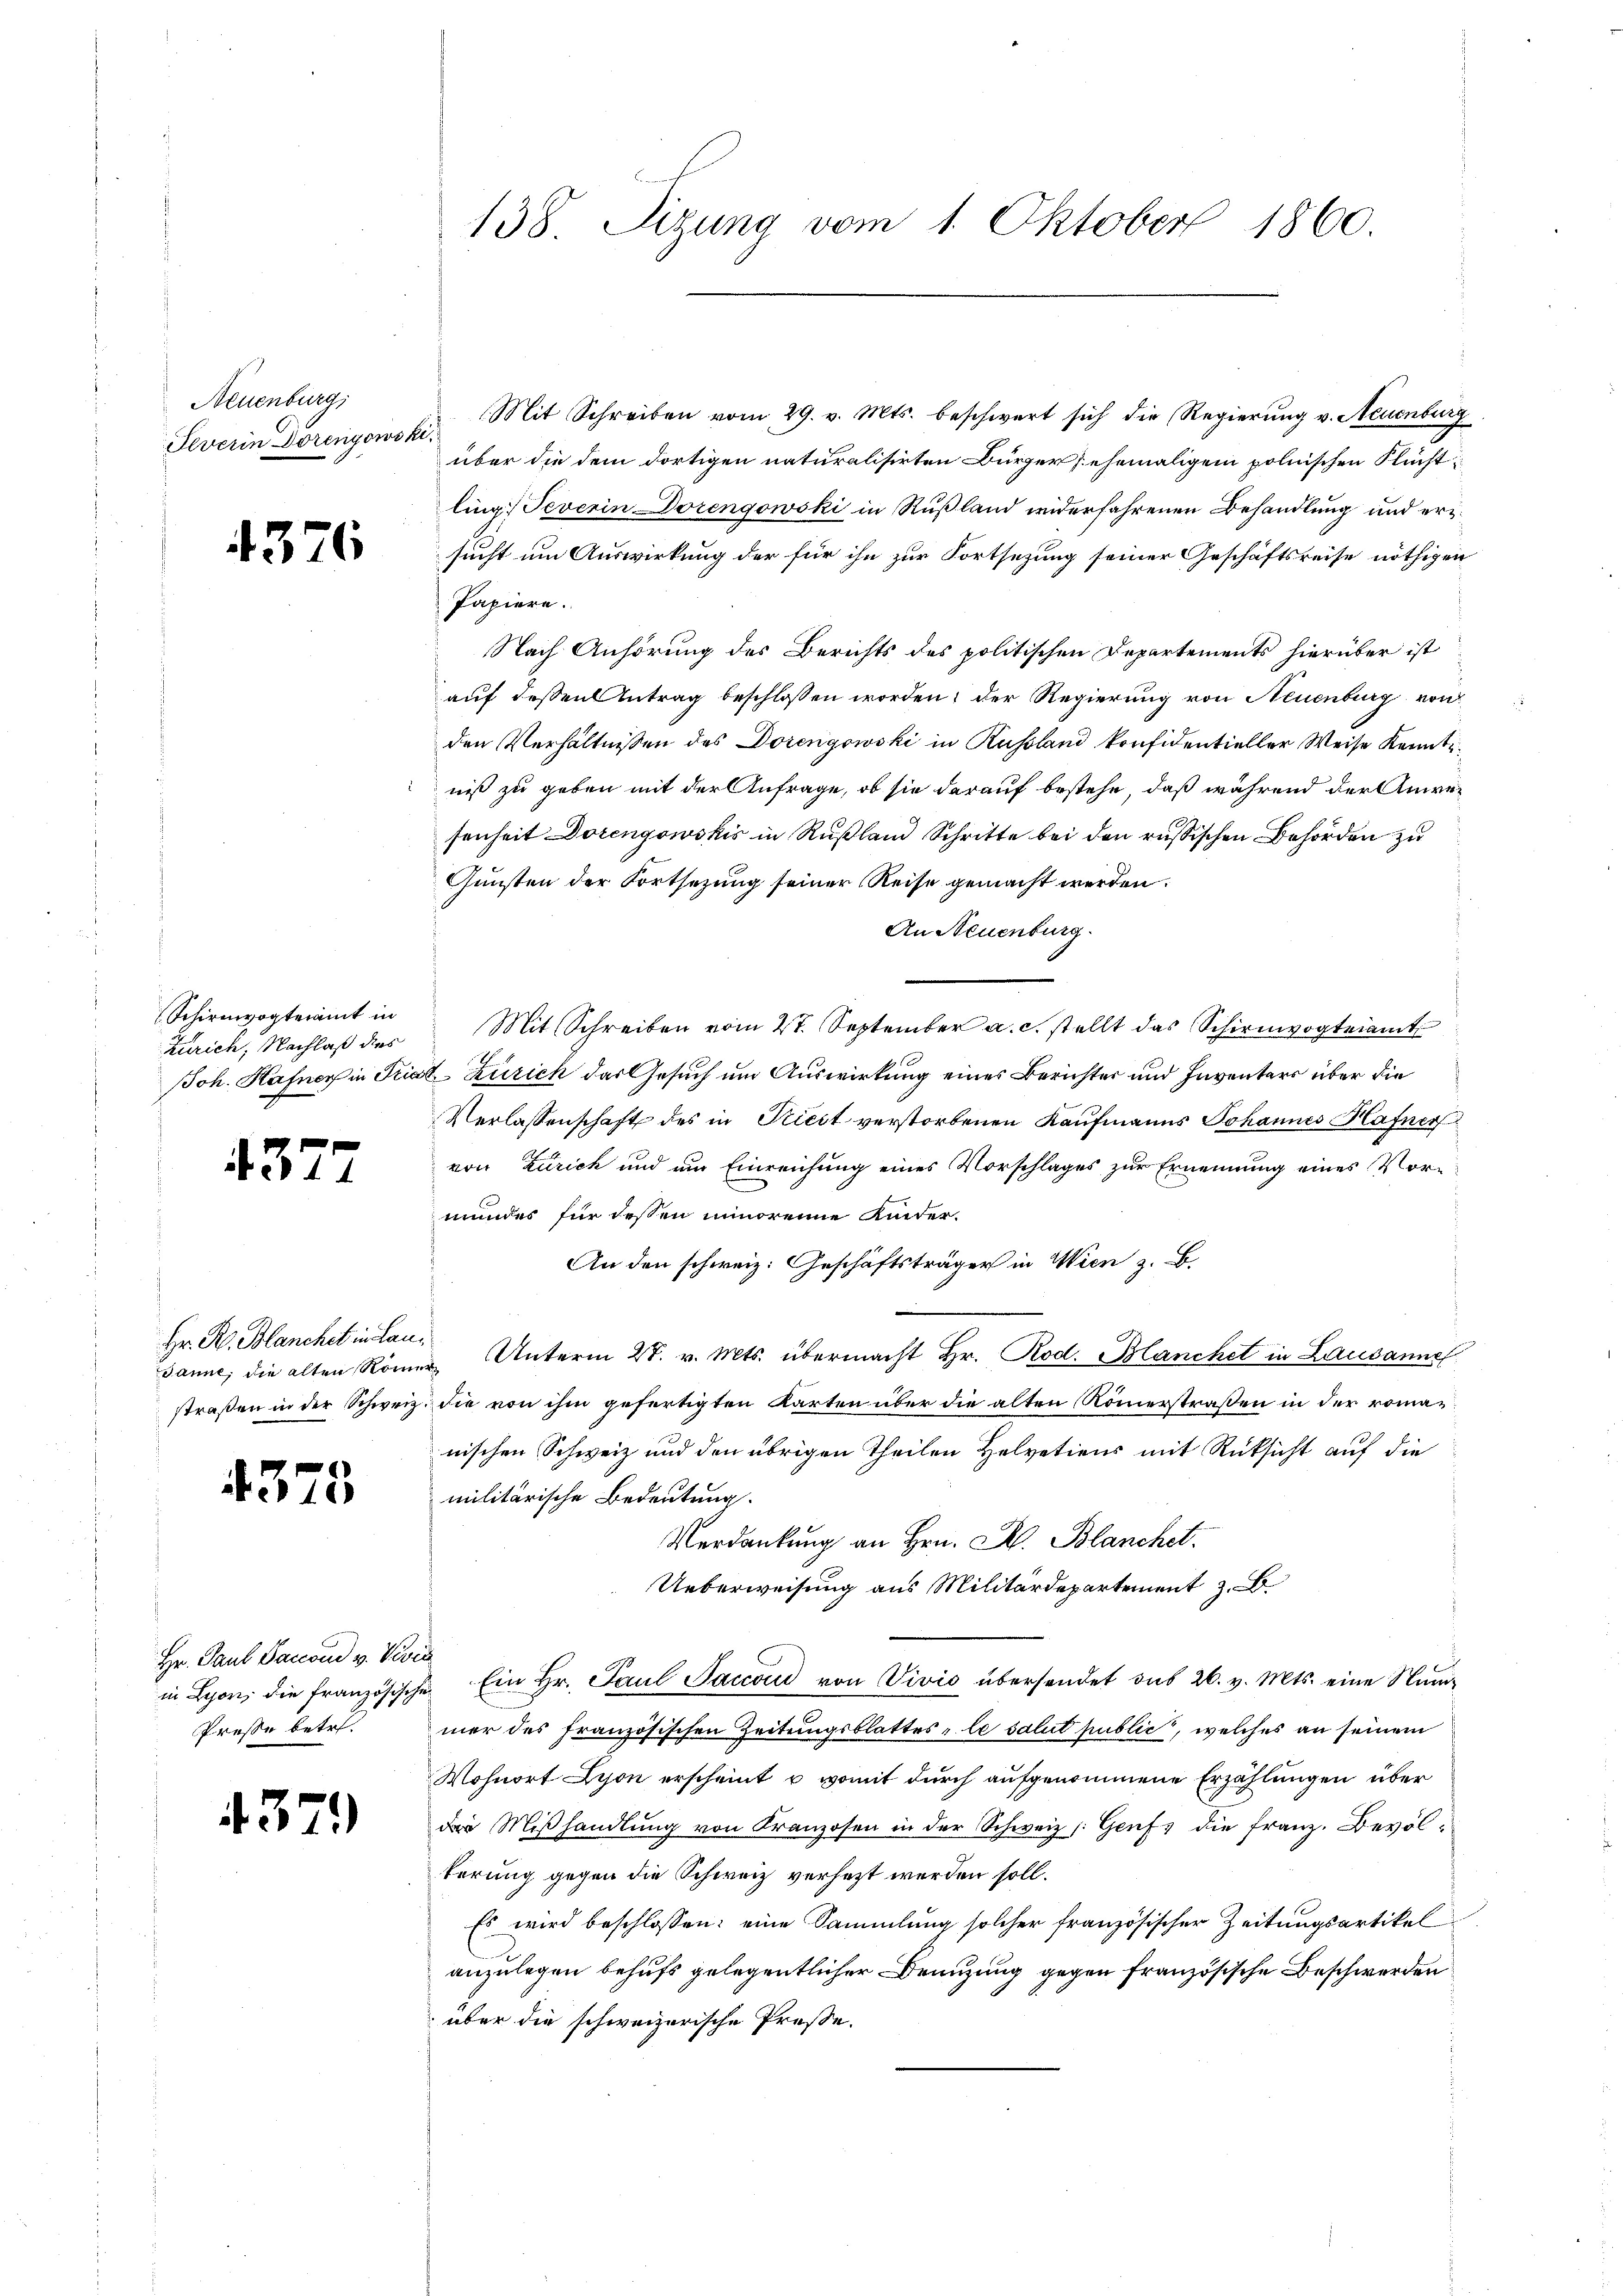
Neuenburg,
Feverin Dörenyowski,

4376

Schirmvogteiamt in
Zürich, Nachlaß dies

4377

Hr. R. Blanchet in Lau¬

4375

Hr. Paul Saccoud v. Vivis
Presse betr.

4379)

138. Sizung vom 1. Oktober 1860.

Mit Schreiben vom 29. v. Mts. beschwert sich die Regierŭng v. Neuenburg
über die dem dortigen naturalisirten Bürger, ehemaligem polnischen Flucht
ling: Feverin Dorengowski in Rußland widerfahrenen Behandlung und ersucht um Auswirkung der für ihn zur Fortsetzung seiner Geschäftsreise nöthigen
Papiere.
Nach Anhörung des Berichts des politischen Departements hierüber ist
auf dessen Antrag beschlossen worden, der Regierung von Neuenburg von
den Verhältnissen des Dorengowski in Russland konfidentieller Weise Kenntniß zu geben mit der Anfrage, ob sie darauf bestehe, daß während der Anweisenheit Dorengowskis in Rußland Schritte bei den russischen Behörden zu
Gunsten der Fortsetzung seiner Reise gemacht werden.
An Neuenburg.
Mit Schreiben vom 27. September a. c. stellt das Schirmvogteiamt
Joh. Hafner in Trial Zürich das Gesuch um Auswirkung eines Berichter und Inventars über die
Verlassenschaft des in Kiest verstorbenen Kaufmanns Johannes Hafner
von Zürich und um Einreichung eines Vorschlages zur Ernennung eines Vormundes für dessen innoreine Kinder-
An den schweiz. Geschäftsträger in Wien z. B.
danne, die alten Römer, Unterm 27. v. Mts. übermacht Hr. Rod. Blanchet in Lausanns
straßen in der Schweiz. die von ihm gefertigten Karten über die alten Römerstraßen in der romanischen Schweiz und den übrigen Theilen Helvetiens mit Rücksicht auf die
militärische Bedeutung.
Verdankung an Hrn. M. Blanchet.
Ueberweisung aus Militärdepartement z
in Lyon, die französische Ein Hr. Paul Saccon von Vivio übersendet sub 26. v. Mts. eine Nummer des französischen Zeitungsblattes le salut public, welches an seinem
Wohnort Lyon erscheint u. womit durch aufgenommene Erzählungen über
 Miβhandlŭng von Kranzosen in der Schweiz /: Genf die franz. Bevölterung gegen die Schweiz versezt werden soll.
Es wird beschlossen: eine Sammlung solcher französischer Zeitungsartikel
anzulegen behufs gelegentlicher Franzung gegen französische Beschwerden
über die schweizerische Prose.